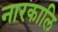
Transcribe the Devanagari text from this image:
नारकालि